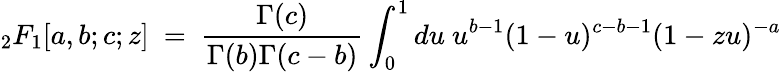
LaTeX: _{2}F_{1}[a,b;c;z]\ =\ \frac{\Gamma(c)}{\Gamma(b)\Gamma(c-b)}\int_{0}^{1}du\ u^{b-1}(1-u)^{c-b-1}(1-zu)^{-a}